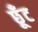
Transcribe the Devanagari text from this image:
छूँट